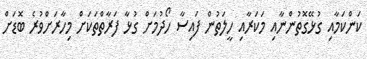
ކަންކަމާއި ގުޅޭގޮތުންނާއި މަކަރާއި ހީލަތުން ފައިސާ ހޯދުމަށް ގުޅާ ފަރާތްތަކަށް މިހާރަށްވުރެ ބޮޑަށް